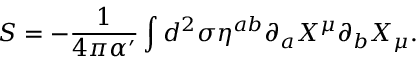
S = - \frac { 1 } { 4 \pi \alpha ^ { \prime } } \int d ^ { 2 } \sigma \eta ^ { a b } \partial _ { a } X ^ { \mu } \partial _ { b } X _ { \mu } .